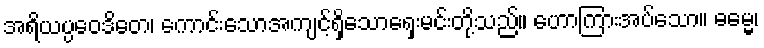
အရိယပ္ပဝေဒိတေ၊ ကောင်းသောအကျင့်ရှိသောရှေးမင်းတို့သည်။ ဟောကြားအပ်သော။ ဓမ္မေ၊